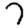
Digit: 7